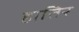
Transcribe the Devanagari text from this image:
हातिर